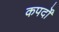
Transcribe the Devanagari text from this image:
कपर्दों